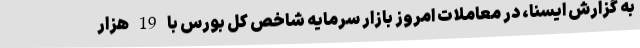
به گزارش ایسنا، در معاملات امروز بازار سرمایه شاخص کل بورس با 19 هزار